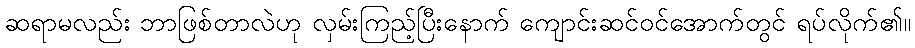
ဆရာမလည်း ဘာဖြစ်တာလဲဟု လှမ်းကြည့်ပြီးနောက် ကျောင်းဆင်ဝင်အောက်တွင် ရပ်လိုက်၏။